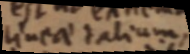
lineae talium